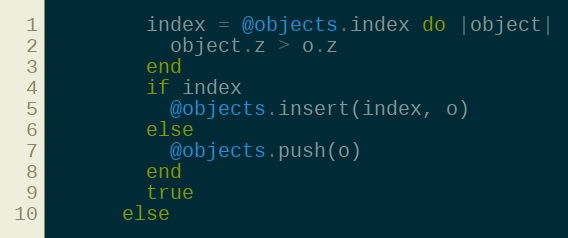
Language: Ruby
        index = @objects.index do |object|
          object.z > o.z
        end
        if index
          @objects.insert(index, o)
        else
          @objects.push(o)
        end
        true
      else